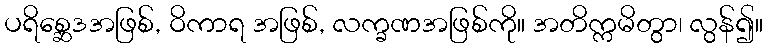
ပရိစ္ဆေဒအဖြစ်, ဝိကာရ အဖြစ်, လက္ခဏအဖြစ်ကို။ အတိက္ကမိတွာ၊ လွန်၍။